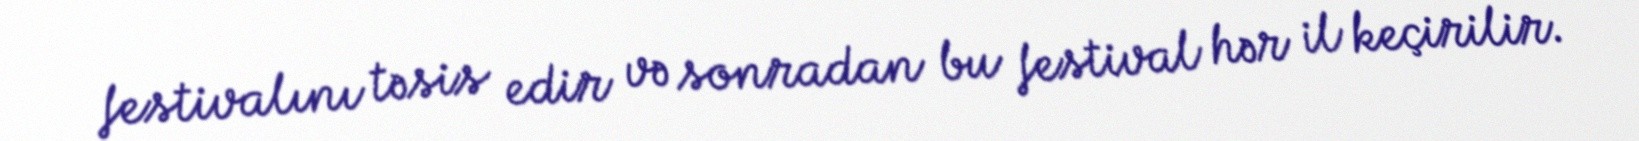
festivalını təsis edir və sonradan bu festival hər il keçirilir.